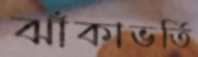
ঝাঁকাভর্তি